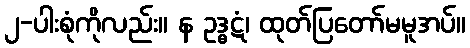
၂-ပါးစုံကိုလည်း။ န ဥဒ္ဓဋံ၊ ထုတ်ပြတော်မမူအပ်။